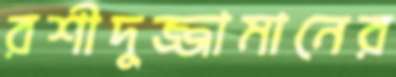
রশীদুজ্জামানের